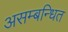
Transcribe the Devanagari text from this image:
असम्बन्धित